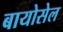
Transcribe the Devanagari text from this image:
बायोसेल